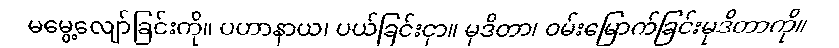
မမွေ့လျော်ခြင်းကို။ ပဟာနာယ၊ ပယ်ခြင်းငှာ။ မုဒိတာ၊ ဝမ်းမြောက်ခြင်းမုဒိတာကို။